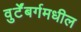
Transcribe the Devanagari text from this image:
वुर्टेंबर्गमधील